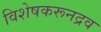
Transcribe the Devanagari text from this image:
विशेषकरूनद्रव